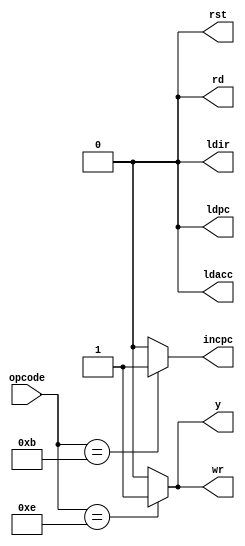
module control_unit(
    input wire [3:0] opcode, // 4-bit opcode input
    output reg incpc,        // Signal to increment program counter
    output reg ldacc,        // Control signal for accumulator
    output reg ldir,         // Control signal for instruction register
    output reg ldpc,         // Control signal for program counter
    output reg rd,           // Read signal
    output reg rst,          // Reset signal
    output reg wr,           // Write signal
    output reg y             // Additional control signal
);

always @(*) begin
    // Default values for control signals
    incpc = 0;
    ldacc = 0;
    ldir = 0;
    ldpc = 0;
    rd = 0;
    rst = 0;
    wr = 0;
    y = 0;
    
    case (opcode)
        4'b1011: begin
            incpc = 1; // Signal to increment program counter
        end
        4'b1110: begin
            y = 1;     // Set y
            rd = 0;    // Set read to 0
            wr = 1;    // Set write to 1
        end
        // Add additional cases for other opcodes
        default: begin
            // Default case, if needed
        end
    endcase
end

endmodule